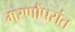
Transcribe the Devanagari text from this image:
मरणोंपरांत